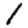
Digit: 1